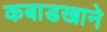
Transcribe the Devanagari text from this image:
कबाडखाने